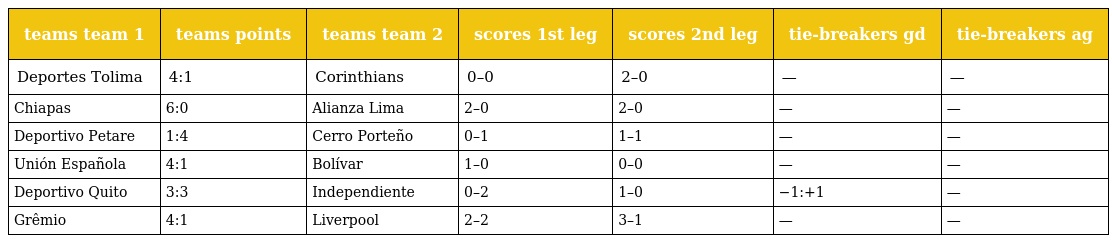
| teams team 1 | teams points | teams team 2 | scores 1st leg | scores 2nd leg | tie-breakers gd | tie-breakers ag |
 | --- | --- | --- | --- | --- | --- | --- |
 | Deportes Tolima | 4:1 | Corinthians | 0–0 | 2–0 | — | — |
 | Chiapas | 6:0 | Alianza Lima | 2–0 | 2–0 | — | — |
 | Deportivo Petare | 1:4 | Cerro Porteño | 0–1 | 1–1 | — | — |
 | Unión Española | 4:1 | Bolívar | 1–0 | 0–0 | — | — |
 | Deportivo Quito | 3:3 | Independiente | 0–2 | 1–0 | −1:+1 | — |
 | Grêmio | 4:1 | Liverpool | 2–2 | 3–1 | — | — |